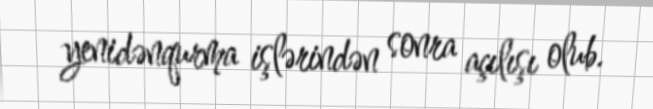
yenidənqurma işlərindən sonra açılışı olub.